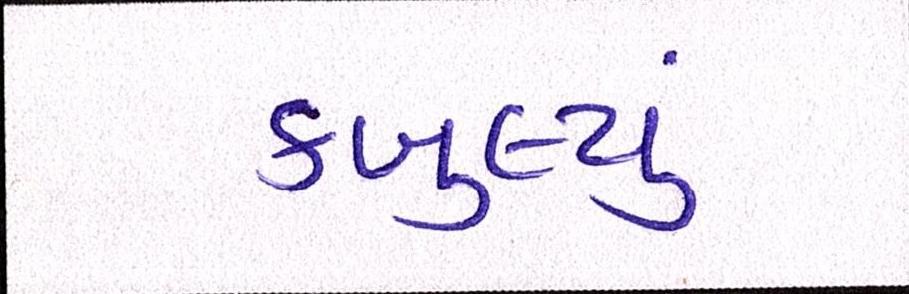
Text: કબુલ્યું